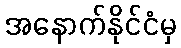
အနောက်နိုင်ငံမှ